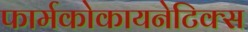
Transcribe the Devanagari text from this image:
फार्मकोकायनेटिक्स